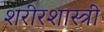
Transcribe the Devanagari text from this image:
शरीरशास्त्री